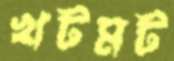
খটমট